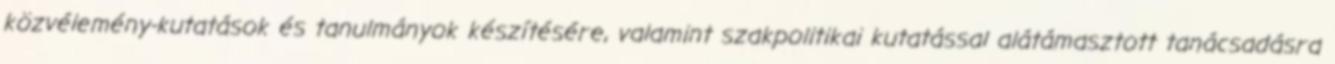
közvélemény-kutatások és tanulmányok készítésére, valamint szakpolitikai kutatással alátámasztott tanácsadásra